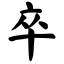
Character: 卒